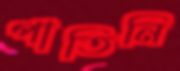
পাতিনি